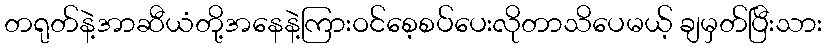
တရုတ်နဲ့အာဆီယံတို့အနေနဲ့ကြားဝင်စေ့စပ်ပေးလိုတာသိပေမယ့် ချမှတ်ပြီးသား